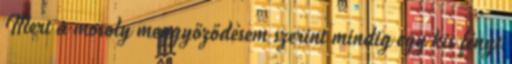
Mert a mosoly meggyőződésem szerint mindig egy kis fényt